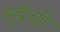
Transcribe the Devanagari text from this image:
मुद्रेची